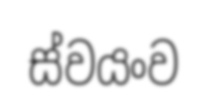
ස්වයංව